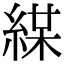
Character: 𦁜